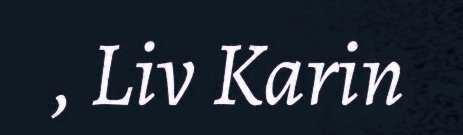
, Liv Karin